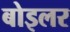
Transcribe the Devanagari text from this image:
बोइलर